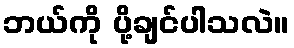
ဘယ်ကို ပို့ချင်ပါသလဲ။